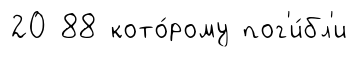
20 88 кото́рому пог'и́бл'и